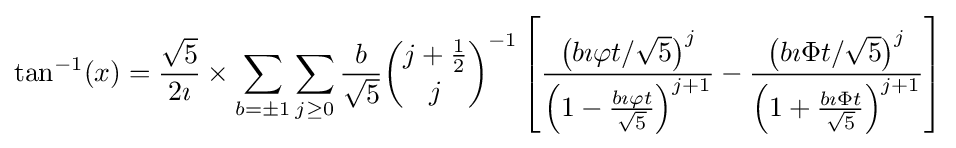
\tan ^{-1}(x)={\frac {\sqrt {5}}{2\imath }}\times \sum _{b=\pm 1}\sum _{j\geq 0}{\frac {b}{\sqrt {5}}}{\binom {j+{\frac {1}{2}}}{j}}^{-1}\left[{\frac {\left(b\imath \varphi t/{\sqrt {5}}\right)^{j}}{\left(1-{\frac {b\imath \varphi t}{\sqrt {5}}}\right)^{j+1}}}-{\frac {\left(b\imath \Phi t/{\sqrt {5}}\right)^{j}}{\left(1+{\frac {b\imath \Phi t}{\sqrt {5}}}\right)^{j+1}}}\right]